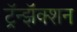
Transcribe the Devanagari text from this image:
ट्रॅन्झॅक्शन